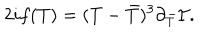
2 i f ( T ) = ( T - { \bar { T } } ) ^ { 3 } \partial _ { \bar { T } } { \cal I } .